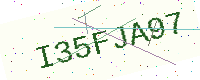
Text: I35FJA97